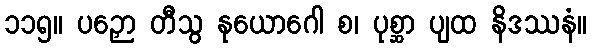
၁၁၅။ ပဉှော တီသွ နုယောဂေါ စ၊ ပုစ္ဆာ ပျထ နိဒဿနံ။